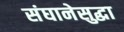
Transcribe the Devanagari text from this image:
संघानेसुद्धा